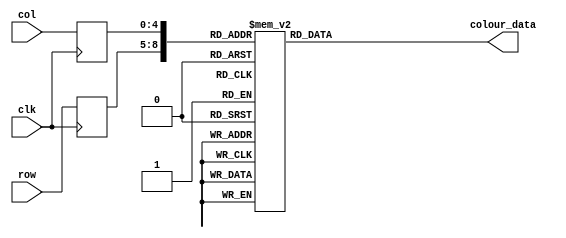
module flap_1_pos45_rom
	(
		input wire clk,
		input wire [3:0] row,
		input wire [4:0] col,
		output reg [23:0] colour_data
	);

	(* romstyle = "M4K" *)

	//signal declaration
	reg [3:0] row_reg;
	reg [4:0] col_reg;

	always @(posedge clk)
		begin
		row_reg <= row;
		col_reg <= col;
		end

	always @*
	case ({row_reg, col_reg})
		9'b000000000: colour_data = 24'b111111110000000010010110;
		9'b000000001: colour_data = 24'b111111110000000010010110;
		9'b000000010: colour_data = 24'b111111110000000010010110;
		9'b000000011: colour_data = 24'b010100110011100001000110;
		9'b000000100: colour_data = 24'b010100110011100001000110;
		9'b000000101: colour_data = 24'b010100110011100001000110;
		9'b000000110: colour_data = 24'b010100110011100001000110;
		9'b000000111: colour_data = 24'b111111110000000010010110;
		9'b000001000: colour_data = 24'b111111110000000010010110;
		9'b000001001: colour_data = 24'b111111110000000010010110;
		9'b000001010: colour_data = 24'b111111110000000010010110;
		9'b000001011: colour_data = 24'b111111110000000010010110;
		9'b000001100: colour_data = 24'b111111110000000010010110;
		9'b000001101: colour_data = 24'b111111110000000010010110;
		9'b000001110: colour_data = 24'b111111110000000010010110;
		9'b000001111: colour_data = 24'b111111110000000010010110;
		9'b000010000: colour_data = 24'b111111110000000010010110;
		9'b000010001: colour_data = 24'b111111110000000010010110;

		9'b000100000: colour_data = 24'b111111110000000010010110;
		9'b000100001: colour_data = 24'b111111110000000010010110;
		9'b000100010: colour_data = 24'b010100110011100001000110;
		9'b000100011: colour_data = 24'b110111011110001010110001;
		9'b000100100: colour_data = 24'b110111011110001010110001;
		9'b000100101: colour_data = 24'b110111011110001010110001;
		9'b000100110: colour_data = 24'b010100110011100001000110;
		9'b000100111: colour_data = 24'b010100110011100001000110;
		9'b000101000: colour_data = 24'b010100110011100001000110;
		9'b000101001: colour_data = 24'b010100110011100001000110;
		9'b000101010: colour_data = 24'b111111110000000010010110;
		9'b000101011: colour_data = 24'b111111110000000010010110;
		9'b000101100: colour_data = 24'b111111110000000010010110;
		9'b000101101: colour_data = 24'b111111110000000010010110;
		9'b000101110: colour_data = 24'b111111110000000010010110;
		9'b000101111: colour_data = 24'b111111110000000010010110;
		9'b000110000: colour_data = 24'b111111110000000010010110;
		9'b000110001: colour_data = 24'b111111110000000010010110;

		9'b001000000: colour_data = 24'b111111110000000010010110;
		9'b001000001: colour_data = 24'b111111110000000010010110;
		9'b001000010: colour_data = 24'b010100110011100001000110;
		9'b001000011: colour_data = 24'b110101001011111100100111;
		9'b001000100: colour_data = 24'b110111011110001010110001;
		9'b001000101: colour_data = 24'b110111011110001010110001;
		9'b001000110: colour_data = 24'b110111011110001010110001;
		9'b001000111: colour_data = 24'b110111011110001010110001;
		9'b001001000: colour_data = 24'b010100110011100001000110;
		9'b001001001: colour_data = 24'b110111011110001010110001;
		9'b001001010: colour_data = 24'b010100110011100001000110;
		9'b001001011: colour_data = 24'b010100110011100001000110;
		9'b001001100: colour_data = 24'b010100110011100001000110;
		9'b001001101: colour_data = 24'b111111110000000010010110;
		9'b001001110: colour_data = 24'b111111110000000010010110;
		9'b001001111: colour_data = 24'b111111110000000010010110;
		9'b001010000: colour_data = 24'b111111110000000010010110;
		9'b001010001: colour_data = 24'b111111110000000010010110;

		9'b001100000: colour_data = 24'b111111110000000010010110;
		9'b001100001: colour_data = 24'b111111110000000010010110;
		9'b001100010: colour_data = 24'b010100110011100001000110;
		9'b001100011: colour_data = 24'b110101001011111100100111;
		9'b001100100: colour_data = 24'b110111011110001010110001;
		9'b001100101: colour_data = 24'b110111011110001010110001;
		9'b001100110: colour_data = 24'b110111011110001010110001;
		9'b001100111: colour_data = 24'b110111011110001010110001;
		9'b001101000: colour_data = 24'b010100110011100001000110;
		9'b001101001: colour_data = 24'b110101001011111100100111;
		9'b001101010: colour_data = 24'b110111011110001010110001;
		9'b001101011: colour_data = 24'b110111011110001010110001;
		9'b001101100: colour_data = 24'b010100110011100001000110;
		9'b001101101: colour_data = 24'b010100110011100001000110;
		9'b001101110: colour_data = 24'b111111110000000010010110;
		9'b001101111: colour_data = 24'b111111110000000010010110;
		9'b001110000: colour_data = 24'b111111110000000010010110;
		9'b001110001: colour_data = 24'b111111110000000010010110;

		9'b010000000: colour_data = 24'b111111110000000010010110;
		9'b010000001: colour_data = 24'b111111110000000010010110;
		9'b010000010: colour_data = 24'b010100110011100001000110;
		9'b010000011: colour_data = 24'b110101001011111100100111;
		9'b010000100: colour_data = 24'b110101001011111100100111;
		9'b010000101: colour_data = 24'b110111011110001010110001;
		9'b010000110: colour_data = 24'b110111011110001010110001;
		9'b010000111: colour_data = 24'b110111011110001010110001;
		9'b010001000: colour_data = 24'b010100110011100001000110;
		9'b010001001: colour_data = 24'b110101001011111100100111;
		9'b010001010: colour_data = 24'b110101001011111100100111;
		9'b010001011: colour_data = 24'b110101001011111100100111;
		9'b010001100: colour_data = 24'b110111011110001010110001;
		9'b010001101: colour_data = 24'b010100110011100001000110;
		9'b010001110: colour_data = 24'b111111110000000010010110;
		9'b010001111: colour_data = 24'b111111110000000010010110;
		9'b010010000: colour_data = 24'b111111110000000010010110;
		9'b010010001: colour_data = 24'b111111110000000010010110;

		9'b010100000: colour_data = 24'b111111110000000010010110;
		9'b010100001: colour_data = 24'b111111110000000010010110;
		9'b010100010: colour_data = 24'b010100110011100001000110;
		9'b010100011: colour_data = 24'b010100110011100001000110;
		9'b010100100: colour_data = 24'b110101001011111100100111;
		9'b010100101: colour_data = 24'b110101001011111100100111;
		9'b010100110: colour_data = 24'b010100110011100001000110;
		9'b010100111: colour_data = 24'b010100110011100001000110;
		9'b010101000: colour_data = 24'b010100110011100001000110;
		9'b010101001: colour_data = 24'b110101001011111100100111;
		9'b010101010: colour_data = 24'b110101001011111100100111;
		9'b010101011: colour_data = 24'b010100110011100001000110;
		9'b010101100: colour_data = 24'b010100110011100001000110;
		9'b010101101: colour_data = 24'b010100110011100001000110;
		9'b010101110: colour_data = 24'b010100110011100001000110;
		9'b010101111: colour_data = 24'b111111110000000010010110;
		9'b010110000: colour_data = 24'b111111110000000010010110;
		9'b010110001: colour_data = 24'b111111110000000010010110;

		9'b011000000: colour_data = 24'b111111110000000010010110;
		9'b011000001: colour_data = 24'b111111110000000010010110;
		9'b011000010: colour_data = 24'b111111110000000010010110;
		9'b011000011: colour_data = 24'b010100110011100001000110;
		9'b011000100: colour_data = 24'b010100110011100001000110;
		9'b011000101: colour_data = 24'b010100110011100001000110;
		9'b011000110: colour_data = 24'b010100110011100001000110;
		9'b011000111: colour_data = 24'b010100110011100001000110;
		9'b011001000: colour_data = 24'b110101001011111100100111;
		9'b011001001: colour_data = 24'b110101001011111100100111;
		9'b011001010: colour_data = 24'b010100110011100001000110;
		9'b011001011: colour_data = 24'b010100110011100001000110;
		9'b011001100: colour_data = 24'b110010001100000011000000;
		9'b011001101: colour_data = 24'b110010001100000011000000;
		9'b011001110: colour_data = 24'b111010111111110011011101;
		9'b011001111: colour_data = 24'b010100110011100001000110;
		9'b011010000: colour_data = 24'b111111110000000010010110;
		9'b011010001: colour_data = 24'b111111110000000010010110;

		9'b011100000: colour_data = 24'b111111110000000010010110;
		9'b011100001: colour_data = 24'b111111110000000010010110;
		9'b011100010: colour_data = 24'b111111110000000010010110;
		9'b011100011: colour_data = 24'b010100110011100001000110;
		9'b011100100: colour_data = 24'b111000111000000100010111;
		9'b011100101: colour_data = 24'b111000111000000100010111;
		9'b011100110: colour_data = 24'b110101001011111100100111;
		9'b011100111: colour_data = 24'b110101001011111100100111;
		9'b011101000: colour_data = 24'b110101001011111100100111;
		9'b011101001: colour_data = 24'b110101001011111100100111;
		9'b011101010: colour_data = 24'b010100110011100001000110;
		9'b011101011: colour_data = 24'b110010001100000011000000;
		9'b011101100: colour_data = 24'b111010111111110011011101;
		9'b011101101: colour_data = 24'b111010111111110011011101;
		9'b011101110: colour_data = 24'b111010111111110011011101;
		9'b011101111: colour_data = 24'b010100110011100001000110;
		9'b011110000: colour_data = 24'b111111110000000010010110;
		9'b011110001: colour_data = 24'b111111110000000010010110;

		9'b100000000: colour_data = 24'b111111110000000010010110;
		9'b100000001: colour_data = 24'b111111110000000010010110;
		9'b100000010: colour_data = 24'b111111110000000010010110;
		9'b100000011: colour_data = 24'b010100110011100001000110;
		9'b100000100: colour_data = 24'b111000111000000100010111;
		9'b100000101: colour_data = 24'b111000111000000100010111;
		9'b100000110: colour_data = 24'b111000111000000100010111;
		9'b100000111: colour_data = 24'b110101001011111100100111;
		9'b100001000: colour_data = 24'b110101001011111100100111;
		9'b100001001: colour_data = 24'b110101001011111100100111;
		9'b100001010: colour_data = 24'b010100110011100001000110;
		9'b100001011: colour_data = 24'b111010111111110011011101;
		9'b100001100: colour_data = 24'b111010111111110011011101;
		9'b100001101: colour_data = 24'b010100110011100001000110;
		9'b100001110: colour_data = 24'b111010111111110011011101;
		9'b100001111: colour_data = 24'b010100110011100001000110;
		9'b100010000: colour_data = 24'b111111110000000010010110;
		9'b100010001: colour_data = 24'b111111110000000010010110;

		9'b100100000: colour_data = 24'b111111110000000010010110;
		9'b100100001: colour_data = 24'b111111110000000010010110;
		9'b100100010: colour_data = 24'b111111110000000010010110;
		9'b100100011: colour_data = 24'b010100110011100001000110;
		9'b100100100: colour_data = 24'b111000111000000100010111;
		9'b100100101: colour_data = 24'b111000111000000100010111;
		9'b100100110: colour_data = 24'b111000111000000100010111;
		9'b100100111: colour_data = 24'b010100110011100001000110;
		9'b100101000: colour_data = 24'b010100110011100001000110;
		9'b100101001: colour_data = 24'b010100110011100001000110;
		9'b100101010: colour_data = 24'b010100110011100001000110;
		9'b100101011: colour_data = 24'b111010111111110011011101;
		9'b100101100: colour_data = 24'b111010111111110011011101;
		9'b100101101: colour_data = 24'b010100110011100001000110;
		9'b100101110: colour_data = 24'b111010111111110011011101;
		9'b100101111: colour_data = 24'b010100110011100001000110;
		9'b100110000: colour_data = 24'b111111110000000010010110;
		9'b100110001: colour_data = 24'b111111110000000010010110;

		9'b101000000: colour_data = 24'b111111110000000010010110;
		9'b101000001: colour_data = 24'b111111110000000010010110;
		9'b101000010: colour_data = 24'b111111110000000010010110;
		9'b101000011: colour_data = 24'b111111110000000010010110;
		9'b101000100: colour_data = 24'b010100110011100001000110;
		9'b101000101: colour_data = 24'b111000111000000100010111;
		9'b101000110: colour_data = 24'b111000111000000100010111;
		9'b101000111: colour_data = 24'b010100110011100001000110;
		9'b101001000: colour_data = 24'b111010110101000001000000;
		9'b101001001: colour_data = 24'b111010110101000001000000;
		9'b101001010: colour_data = 24'b111010110101000001000000;
		9'b101001011: colour_data = 24'b010100110011100001000110;
		9'b101001100: colour_data = 24'b111010111111110011011101;
		9'b101001101: colour_data = 24'b111010111111110011011101;
		9'b101001110: colour_data = 24'b111010111111110011011101;
		9'b101001111: colour_data = 24'b010100110011100001000110;
		9'b101010000: colour_data = 24'b111111110000000010010110;
		9'b101010001: colour_data = 24'b111111110000000010010110;

		9'b101100000: colour_data = 24'b111111110000000010010110;
		9'b101100001: colour_data = 24'b111111110000000010010110;
		9'b101100010: colour_data = 24'b111111110000000010010110;
		9'b101100011: colour_data = 24'b111111110000000010010110;
		9'b101100100: colour_data = 24'b111111110000000010010110;
		9'b101100101: colour_data = 24'b010100110011100001000110;
		9'b101100110: colour_data = 24'b111000111000000100010111;
		9'b101100111: colour_data = 24'b010100110011100001000110;
		9'b101101000: colour_data = 24'b111010110101000001000000;
		9'b101101001: colour_data = 24'b010100110011100001000110;
		9'b101101010: colour_data = 24'b111010110101000001000000;
		9'b101101011: colour_data = 24'b111010110101000001000000;
		9'b101101100: colour_data = 24'b010100110011100001000110;
		9'b101101101: colour_data = 24'b010100110011100001000110;
		9'b101101110: colour_data = 24'b010100110011100001000110;
		9'b101101111: colour_data = 24'b111111110000000010010110;
		9'b101110000: colour_data = 24'b111111110000000010010110;
		9'b101110001: colour_data = 24'b111111110000000010010110;

		9'b110000000: colour_data = 24'b111111110000000010010110;
		9'b110000001: colour_data = 24'b111111110000000010010110;
		9'b110000010: colour_data = 24'b111111110000000010010110;
		9'b110000011: colour_data = 24'b111111110000000010010110;
		9'b110000100: colour_data = 24'b111111110000000010010110;
		9'b110000101: colour_data = 24'b111111110000000010010110;
		9'b110000110: colour_data = 24'b010100110011100001000110;
		9'b110000111: colour_data = 24'b010100110011100001000110;
		9'b110001000: colour_data = 24'b010100110011100001000110;
		9'b110001001: colour_data = 24'b111010110101000001000000;
		9'b110001010: colour_data = 24'b010100110011100001000110;
		9'b110001011: colour_data = 24'b111010110101000001000000;
		9'b110001100: colour_data = 24'b111010110101000001000000;
		9'b110001101: colour_data = 24'b010100110011100001000110;
		9'b110001110: colour_data = 24'b111111110000000010010110;
		9'b110001111: colour_data = 24'b111111110000000010010110;
		9'b110010000: colour_data = 24'b111111110000000010010110;
		9'b110010001: colour_data = 24'b111111110000000010010110;

		9'b110100000: colour_data = 24'b111111110000000010010110;
		9'b110100001: colour_data = 24'b111111110000000010010110;
		9'b110100010: colour_data = 24'b111111110000000010010110;
		9'b110100011: colour_data = 24'b111111110000000010010110;
		9'b110100100: colour_data = 24'b111111110000000010010110;
		9'b110100101: colour_data = 24'b111111110000000010010110;
		9'b110100110: colour_data = 24'b111111110000000010010110;
		9'b110100111: colour_data = 24'b111111110000000010010110;
		9'b110101000: colour_data = 24'b010100110011100001000110;
		9'b110101001: colour_data = 24'b010100110011100001000110;
		9'b110101010: colour_data = 24'b111010110101000001000000;
		9'b110101011: colour_data = 24'b010100110011100001000110;
		9'b110101100: colour_data = 24'b111010110101000001000000;
		9'b110101101: colour_data = 24'b111010110101000001000000;
		9'b110101110: colour_data = 24'b010100110011100001000110;
		9'b110101111: colour_data = 24'b111111110000000010010110;
		9'b110110000: colour_data = 24'b111111110000000010010110;
		9'b110110001: colour_data = 24'b111111110000000010010110;

		9'b111000000: colour_data = 24'b111111110000000010010110;
		9'b111000001: colour_data = 24'b111111110000000010010110;
		9'b111000010: colour_data = 24'b111111110000000010010110;
		9'b111000011: colour_data = 24'b111111110000000010010110;
		9'b111000100: colour_data = 24'b111111110000000010010110;
		9'b111000101: colour_data = 24'b111111110000000010010110;
		9'b111000110: colour_data = 24'b111111110000000010010110;
		9'b111000111: colour_data = 24'b111111110000000010010110;
		9'b111001000: colour_data = 24'b111111110000000010010110;
		9'b111001001: colour_data = 24'b010100110011100001000110;
		9'b111001010: colour_data = 24'b010100110011100001000110;
		9'b111001011: colour_data = 24'b010100110011100001000110;
		9'b111001100: colour_data = 24'b010100110011100001000110;
		9'b111001101: colour_data = 24'b010100110011100001000110;
		9'b111001110: colour_data = 24'b111111110000000010010110;
		9'b111001111: colour_data = 24'b111111110000000010010110;
		9'b111010000: colour_data = 24'b111111110000000010010110;
		9'b111010001: colour_data = 24'b111111110000000010010110;

		default: colour_data = 24'b000000000000000000000000;
	endcase
endmodule